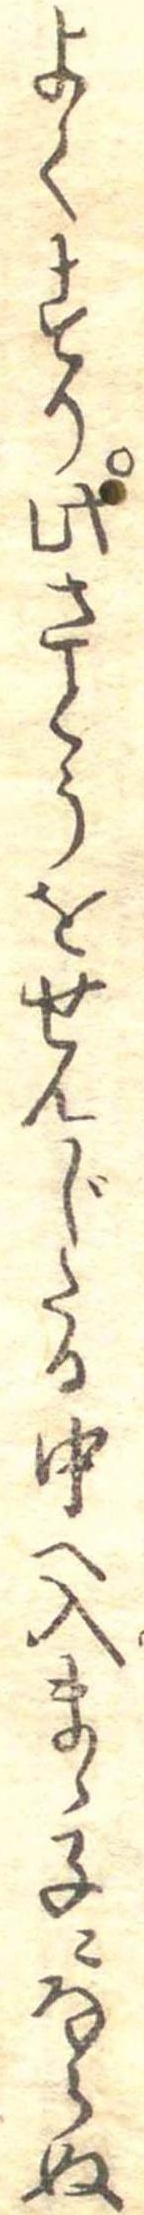
よくすり此さとうをせんじたる中へ入まゝ子にならぬ